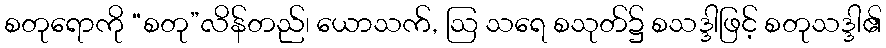
စတုရောကို “စတု”လိန်တည်၊ ယောသက်, ဩ သရေ စသုတ်၌ စသဒ္ဒါဖြင့် စတုသဒ္ဒါ၏